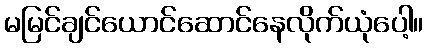
မမြင်ချင်ယောင်ဆောင်နေလိုက်ယုံပေါ့။